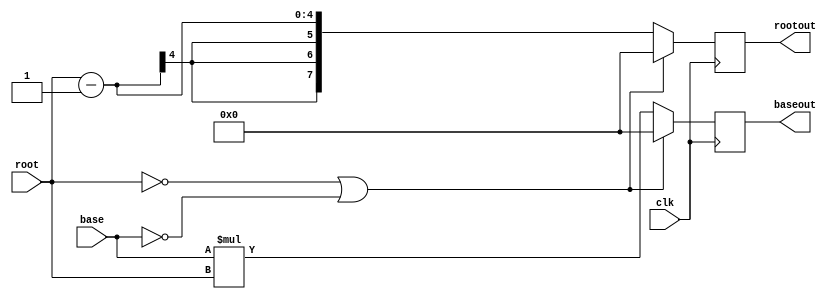
`timescale 1ns / 1ps
//////////////////////////////////////////////////////////////////////////////////
// Company: 
// Engineer: 
// 
// Design Name: 
// Module Name:    simplederivativetest 
// Project Name: 
// Target Devices: 
// Tool versions: 
// Description: 
//
// Dependencies: 
//
// Revision: 
// Revision 0.01 - File Created
// Additional Comments: 
//
//////////////////////////////////////////////////////////////////////////////////
`timescale 1ns / 1ps
//////////////////////////////////////////////////////////////////////////////////
// Company: 
// Engineer: 
// 
// Design Name: 
// Module Name:    Derivative 
// Project Name: 
// Target Devices: 
// Tool versions: 
// Description: 
//
// Dependencies: 
//
// Revision: 
// Revision 0.01 - File Created
// Additional Comments: 
//
//////////////////////////////////////////////////////////////////////////////////
module SimpleDerivative(
	 input clk,
    input [3:0]base,
    input [3:0]root,
    output [7:0] rootout,
	 output [7:0] baseout
    );
	 reg [7:0] bs;
	 reg [7:0] rt;

	always @(posedge clk)begin 
		if(root == 4'b0 || base == 4'b0)begin
			rt = 8'b0000;
			bs  = 8'b0000;
		end
		else begin
			bs = base * root;
			rt = root - 1;
		end
	end	
   assign baseout [7:0] = bs ;
	assign rootout [7:0] = rt;	
endmodule